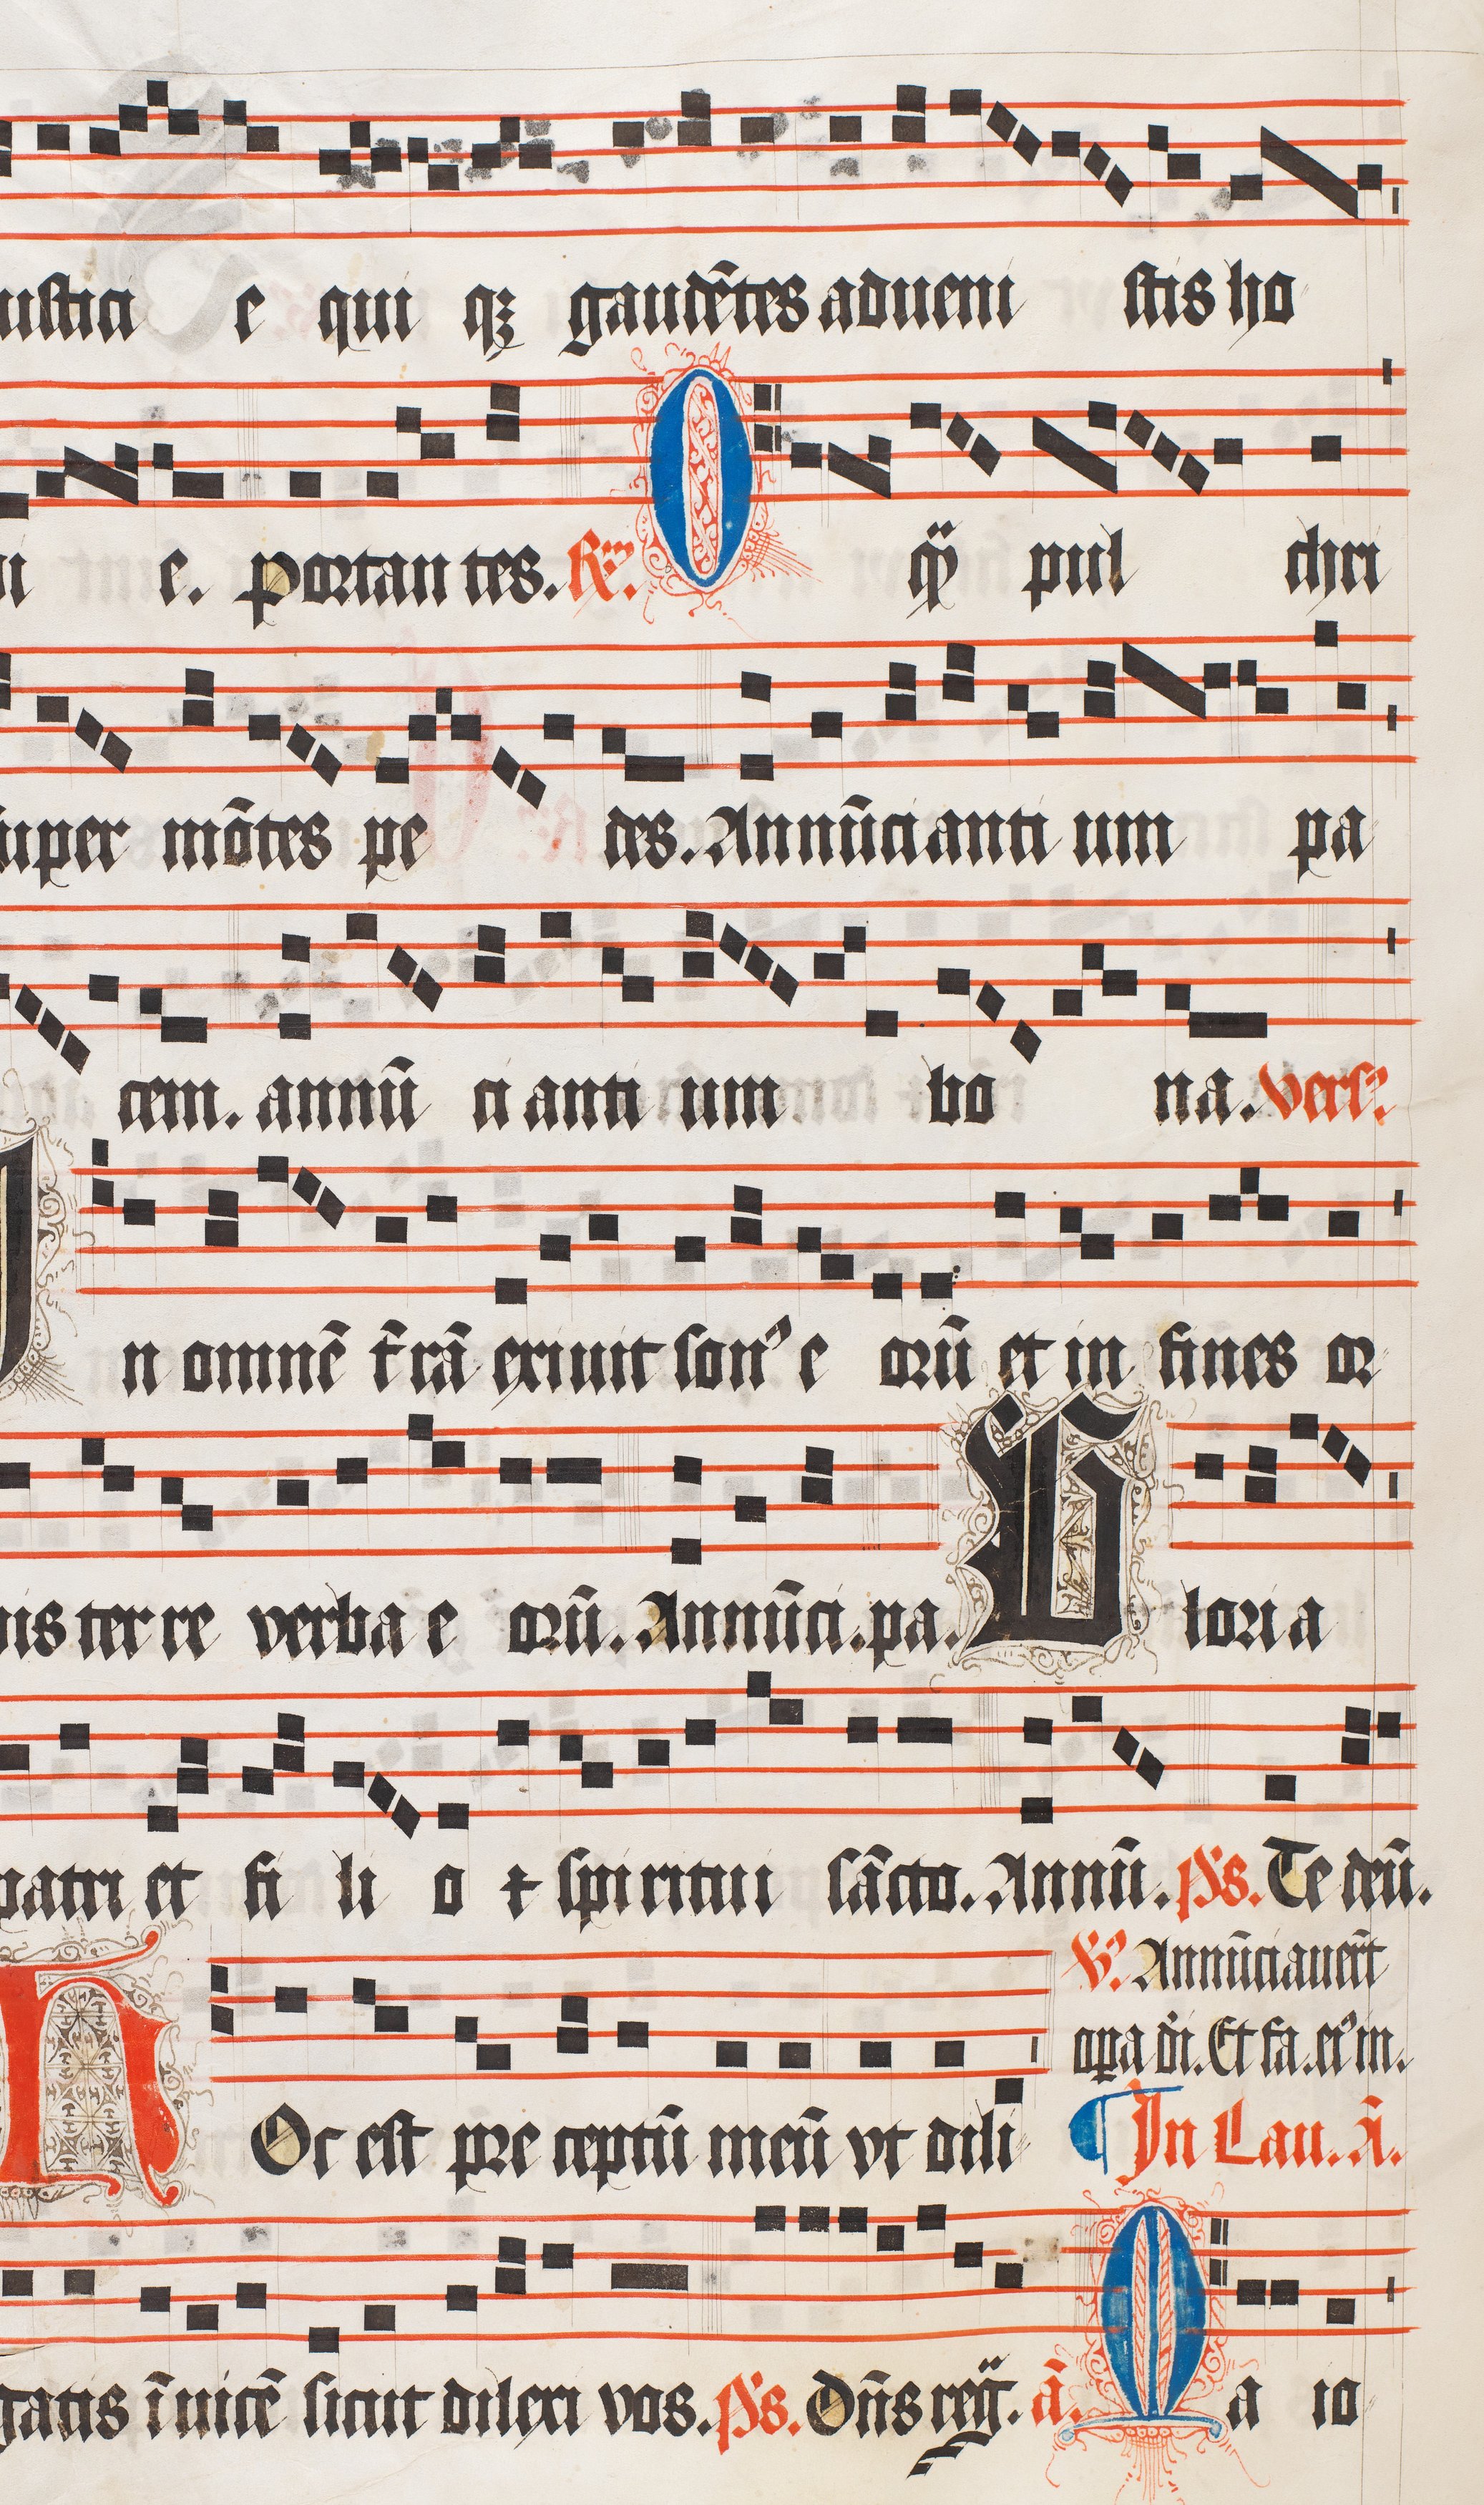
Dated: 1509–1517